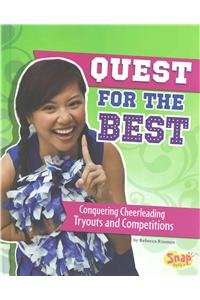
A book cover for Quest for the Best: Conquering Cheerleading Tryouts and Competitions (Cheer Spirit); Rebecca Rissman; Children's Books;